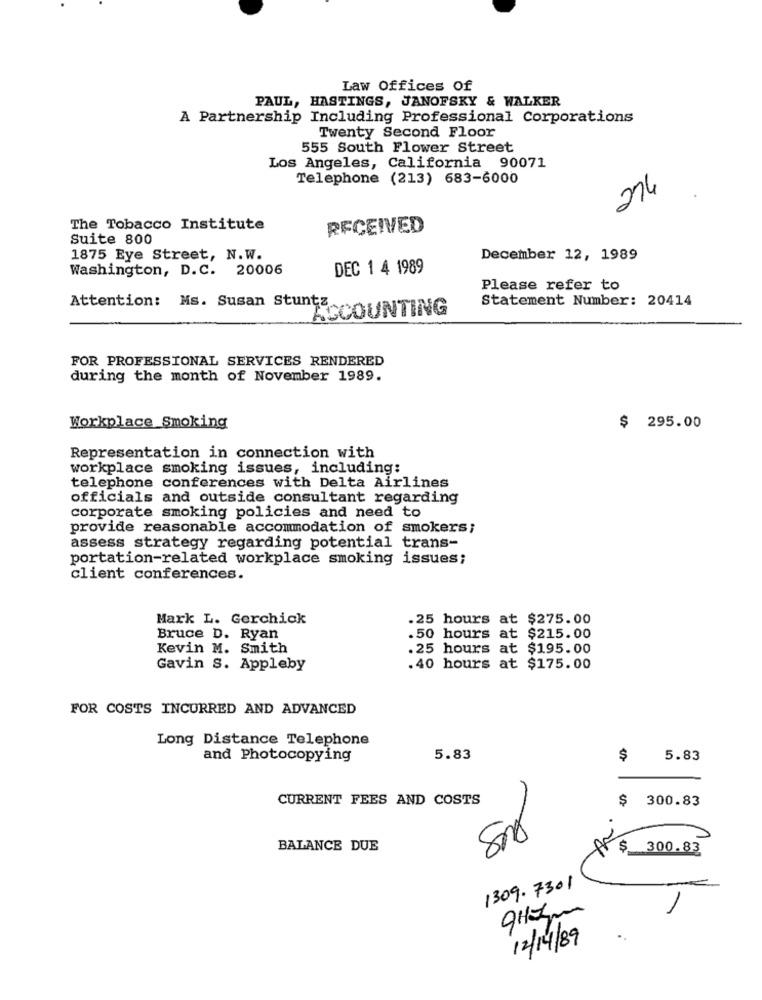
Law Offices Of
PAUL, HASTINGS, JANOFSKY & WALKER
A Partnership Including Professional Corporations
Twenty Second Floor
555 South Flower Street
Los Angeles, California 90071
Telephone (213) 683-6000
274
The Tobacco Institute
RECEIVED
Suite 800
1875 Eye Street, N.W.
December 12, 1989
Washington, D.C. 20006
DEC 1 4 1989
Please refer to
Attention: Ms. Susan Stuntz
Statement Number: 20414
ACCOUNTING
FOR PROFESSIONAL SERVICES RENDERED
during the month of November 1989.
Workplace Smoking
$ 295.00
Representation in connection with
workplace smoking issues, including:
telephone conferences with Delta Airlines
officials and outside consultant regarding
corporate smoking policies and need to
provide reasonable accommodation of smokers;
assess strategy regarding potential trans-
portation-related workplace smoking issues;
client conferences.
Mark L. Gerchick
.25 hours at $275.00
Bruce D. Ryan
.50 hours at $215.00
Kevin M. Smith
.25 hours at $195.00
Gavin S. Appleby
.40 hours at $175.00
FOR COSTS INCURRED AND ADVANCED
Long Distance Telephone
and Photocopying
5.83
$
5.83
CURRENT FEES AND COSTS
$ 300.83
BALANCE DUE
300.83
1309.7301
9Hz
12/14/89